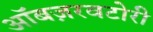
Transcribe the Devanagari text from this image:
ऑबज़रवटोरी